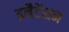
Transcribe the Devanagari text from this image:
इनैटेंशन